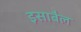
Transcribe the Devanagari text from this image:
इसाबैल